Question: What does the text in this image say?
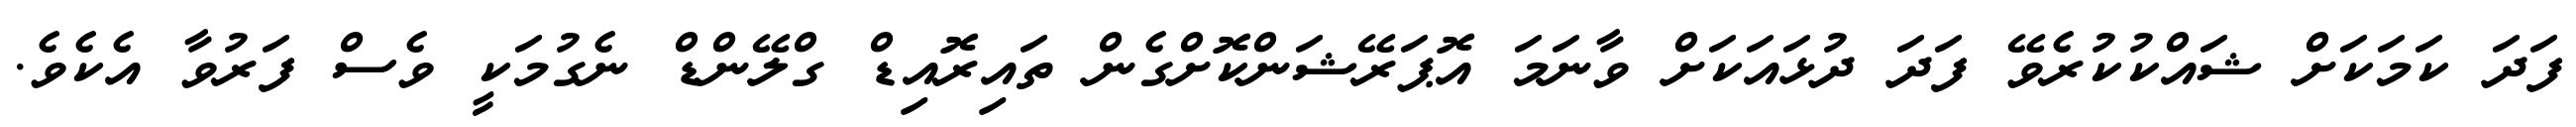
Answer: ފަދަ ކަމަކަށް ޝައްކުކުރެވޭ ފަދަ ދުޅައަކަށް ވާނަމަ އޮޕަރޭޝަންކޮށްގެން ތައިރޮއިޑް ގްލޭންޑް ނެގުމަކީ ވެސް ފަރުވާ އެކެވެ.